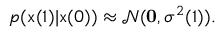
p ( \mathbf { \boldsymbol { x } } ( 1 ) | \mathbf { \boldsymbol { x } } ( 0 ) ) \approx \mathcal { N } ( \mathbf { 0 } , \sigma ^ { 2 } ( 1 ) ) .